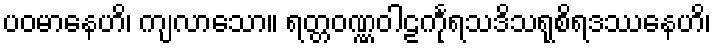
ပဝမာနေဟိ၊ ကျလာသော။ ရတ္တဝဏ္ဏဝါဠင်္ကုရသဒိသရုစိရဒဿနေဟိ၊